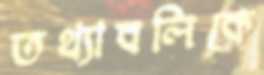
তথ্যাবলিকে